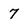
Character: 7